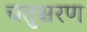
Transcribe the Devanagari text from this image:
चतुश्चरण